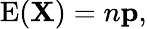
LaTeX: \operatorname{E}(\mathbf{X})=n\mathbf{p},